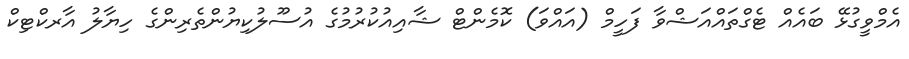
އެމްވީގުޅޭ ބައެއް ޓެގްތައްއަޝްވާ ފަހީމް (އައްވަ) ކޮމެންޓް ޝާއިއުކުރުމުގެ އުސޫލުކިޔުންތެރިންގެ ހިޔާލު އާރކްޓިކް